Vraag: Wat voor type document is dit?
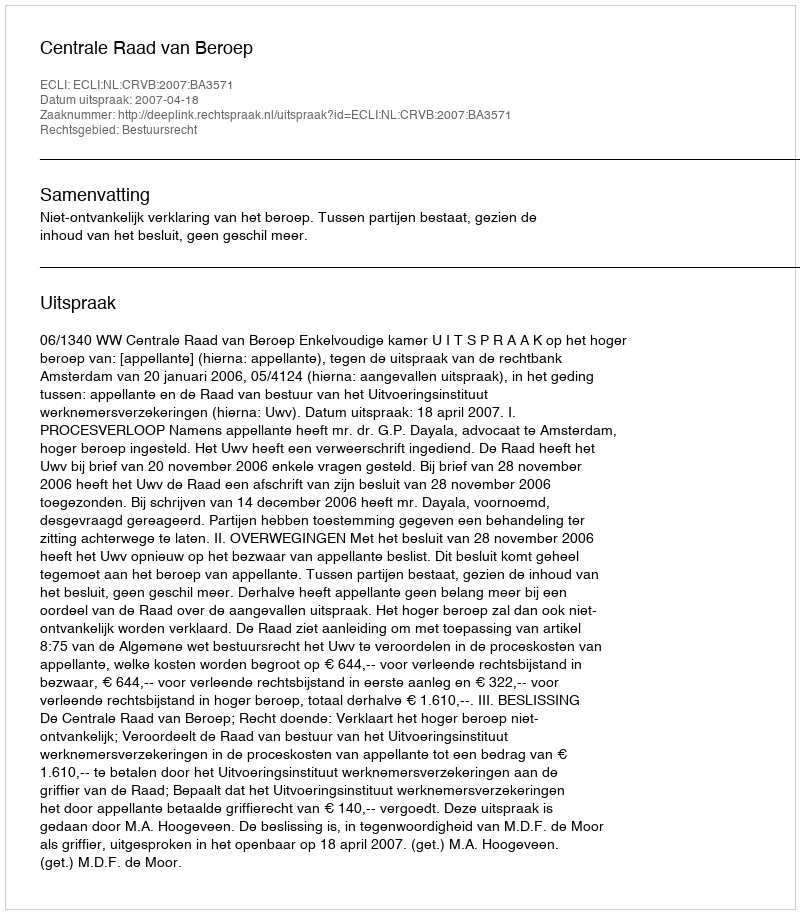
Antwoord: Uitspraak